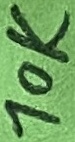
Text: 10K